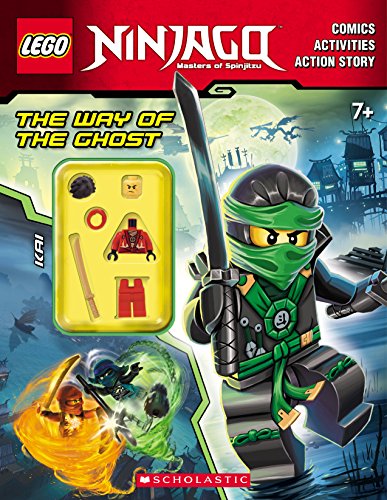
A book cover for Way of the Ghost Activity Book: with minifigure (LEGO Ninjago); Ameet Studio; Children's Books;